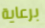
برعاية